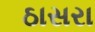
ઠાસરા